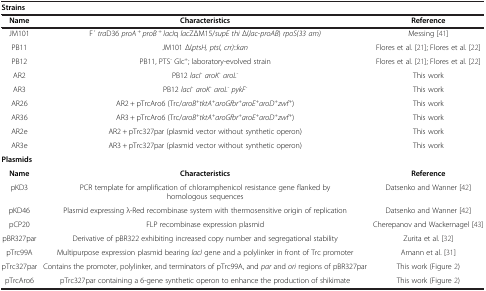
<table><thead><tr><td colspan="3"><b>Strains</b></td></tr><tr><td><b>Name</b></td><td><b>Characteristics</b></td><td><b>Reference</b></td></tr></thead><tbody><tr><td>JM101</td><td>F ́ <i>tra</i>D36 <i>proA</i> <sup>+</sup> <i>proB</i> <sup>+</sup> <i>lacI</i>q <i>lac</i>ZΔM15/<i>supE thi</i> Δ(<i>lac</i>-<i>proAB</i>) <i>rpoS(33 am)</i></td><td>Messing [41]</td></tr><tr><td>PB11</td><td>JM101 Δ(<i>ptsH, ptsI, crr)</i>::<i>kan</i></td><td>Flores et al. [21]; Flores et al. [22]</td></tr><tr><td>PB12</td><td>PB11, PTS<sup>-</sup> Glc<sup>+</sup>; laboratory-evolved strain</td><td>Flores et al. [21]; Flores et al. [22]</td></tr><tr><td>AR2</td><td>PB12 <i>lacI</i><sup>-</sup><i>aroK</i><sup>-</sup><i>aroL</i><sup>-</sup></td><td>This work</td></tr><tr><td>AR3</td><td>PB12 <i>lacI</i><sup>-</sup><i>aroK</i><sup>-</sup><i>aroL</i><sup>-</sup><i>pykF</i><sup>-</sup></td><td>This work</td></tr><tr><td>AR26</td><td>AR2 + pTrcAro6 (Trc/<i>aroB</i><sup><i>+</i></sup><i>tktA</i><sup><i>+</i></sup><i>aroGfbr</i><sup><i>+</i></sup><i>aroE</i><sup><i>+</i></sup><i>aroD</i><sup><i>+</i></sup><i>zwf</i><sup><i>+</i></sup>)</td><td>This work</td></tr><tr><td>AR36</td><td>AR3 + pTrcAro6 (Trc/<i>aroB</i><sup><i>+</i></sup><i>tktA</i><sup><i>+</i></sup><i>aroGfbr</i><sup><i>+</i></sup><i>aroE</i><sup><i>+</i></sup><i>aroD</i><sup><i>+</i></sup><i>zwf</i><sup><i>+</i></sup>)</td><td>This work</td></tr><tr><td>AR2e</td><td>AR2 + pTrc327par (plasmid vector without synthetic operon)</td><td>This work</td></tr><tr><td>AR3e</td><td>AR3 + pTrc327par (plasmid vector without synthetic operon)</td><td>This work</td></tr><tr><td colspan="3"><b>Plasmids</b></td></tr><tr><td><b>Name</b></td><td><b>Characteristics</b></td><td><b>Reference</b></td></tr><tr><td>pKD3</td><td>PCR template for amplification of chloramphenicol resistance gene flanked by homologous sequences</td><td>Datsenko and Wanner [42]</td></tr><tr><td>pKD46</td><td>Plasmid expressing λ-Red recombinase system with thermosensitive origin of replication</td><td>Datsenko and Wanner [42]</td></tr><tr><td>pCP20</td><td>FLP recombinase expression plasmid</td><td>Cherepanov and Wackernagel [43]</td></tr><tr><td>pBR327par</td><td>Derivative of pBR322 exhibiting increased copy number and segregational stability</td><td>Zurita et al. [32]</td></tr><tr><td>pTrc99A</td><td>Multipurpose expression plasmid bearing <i>lacI</i> gene and a polylinker in front of Trc promoter</td><td>Amann et al. [31]</td></tr><tr><td>pTrc327par</td><td>Contains the promoter, polylinker, and terminators of pTrc99A, and <i>par</i> and <i>ori</i> regions of pBR327par</td><td>This work (Figure 2)</td></tr><tr><td>pTrcAro6</td><td>pTrc327par containing a 6-gene synthetic operon to enhance the production of shikimate</td><td>This work (Figure 2)</td></tr></tbody></table>